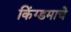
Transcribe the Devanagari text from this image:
किंग्डमाचे